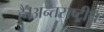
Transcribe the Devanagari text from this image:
है।अन्तराष्ट्रीय